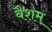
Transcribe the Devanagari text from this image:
वैशम